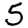
Digit: 5